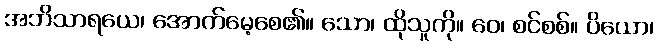
အဘိသာရယေ၊ အောက်မေ့စေ၏။ သော၊ ထိုသူကို။ ဝေ၊ စင်စစ်။ ပိယော၊